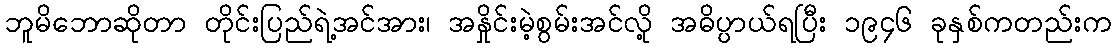
ဘူမိဘောဆိုတာ တိုင်းပြည်ရဲ့အင်အား၊ အနှိုင်းမဲ့စွမ်းအင်လို့ အဓိပ္ပာယ်ရပြီး ၁၉၄၆ ခုနှစ်ကတည်းက